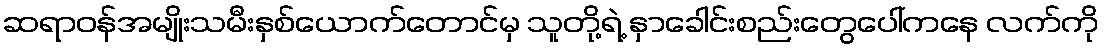
ဆရာဝန်အမျိုးသမီးနှစ်ယောက်တောင်မှ သူတို့ရဲ့ နှာခေါင်းစည်းတွေပေါ်ကနေ လက်ကို